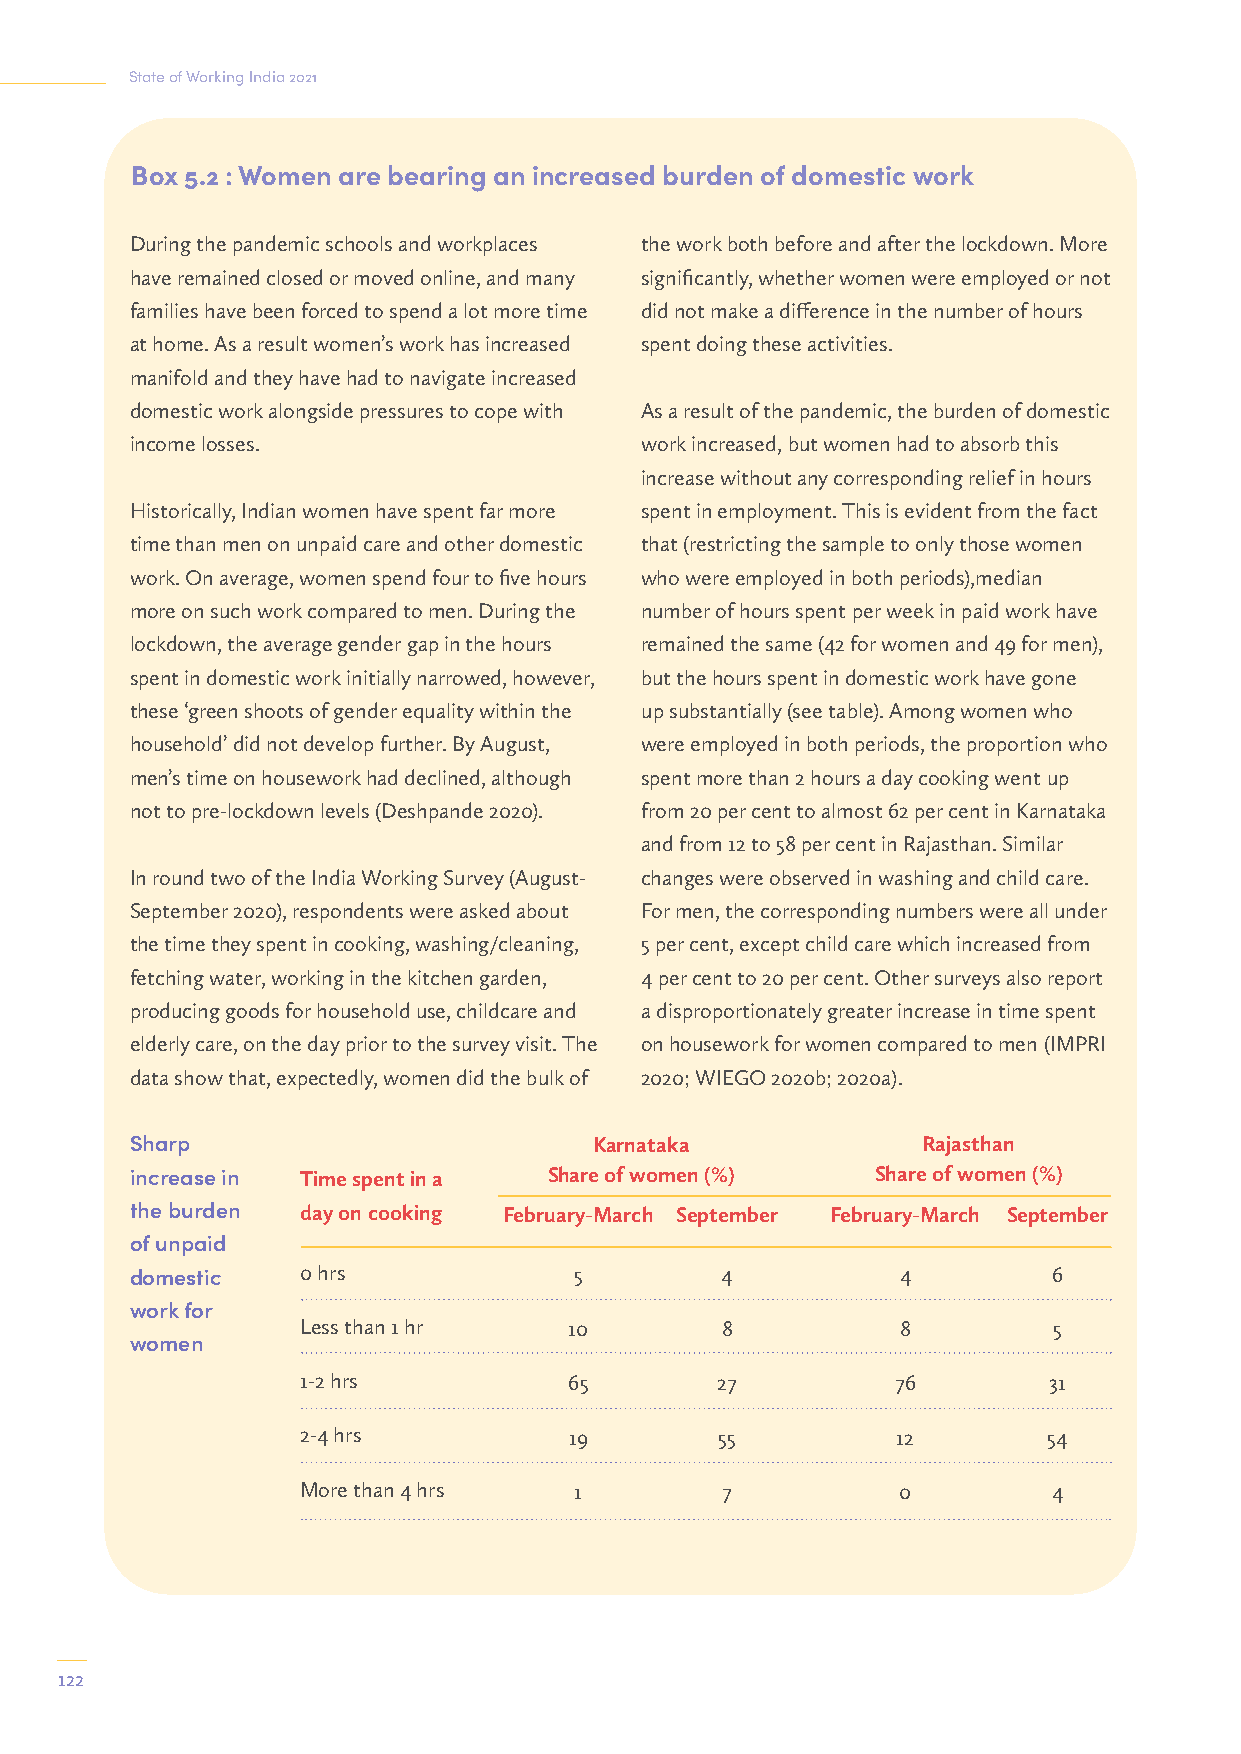
State of Working India 2021
 Box 5.2 : Women are bearing an increased burden of domestic work
 During the pandemic schools and workplaces the work both before and after the lockdown. More
 have remained closed or moved online, and many significantly, whether women were employed or not
 families have been forced to spend a lot more time did not make a difference in the number of hours
 at home. As a result women’s work has increased spent doing these activities.
 manifold and they have had to navigate increased
 domestic work alongside pressures to cope with As a result of the pandemic, the burden of domestic
 income losses.                   work increased, but women had to absorb this
 increase without any corresponding relief in hours
 Historically, Indian women have spent far more spent in employment. This is evident from the fact
 time than men on unpaid care and other domestic that (restricting the sample to only those women
 work. On average, women spend four to five hours who were employed in both periods),median
 more on such work compared to men. During the number of hours spent per week in paid work have
 lockdown, the average gender gap in the hours remained the same (42 for women and 49 for men),
 spent in domestic work initially narrowed, however, but the hours spent in domestic work have gone
 these ‘green shoots of gender equality within the up substantially (see table). Among women who
 household’ did not develop further. By August, were employed in both periods, the proportion who
 men’s time on housework had declined, although spent more than 2 hours a day cooking went up
 not to pre-lockdown levels (Deshpande 2020). from 20 per cent to almost 62 per cent in Karnataka
 and from 12 to 58 per cent in Rajasthan. Similar
 In round two of the India Working Survey (August- changes were observed in washing and child care.
 September 2020), respondents were asked about For men, the corresponding numbers were all under
 the time they spent in cooking, washing/cleaning, 5 per cent, except child care which increased from
 fetching water, working in the kitchen garden, 4 per cent to 20 per cent. Other surveys also report
 producing goods for household use, childcare and a disproportionately greater increase in time spent
 elderly care, on the day prior to the survey visit. The on housework for women compared to men (IMPRI
 data show that, expectedly, women did the bulk of 2020; WIEGO 2020b; 2020a).
 Sharp                         Karnataka             Rajasthan
 increase in Time spent in a Share of women (%)   Share of women (%)
 the burden day on cooking February-March September February-March September
 of unpaid
 domestic   0 hrs             5         4           4         6
 work for
 Less than 1 hr    10        8           8         5
 women
 1-2 hrs           65       27          76        31
 2-4 hrs           19        55         12        54
 More than 4 hrs   1         7          0          4
 122